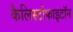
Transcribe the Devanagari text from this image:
कैलिस्टोफाइटॉन